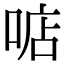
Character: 𠶧